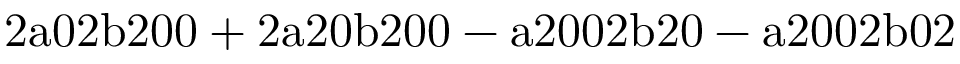
\mathrm { 2 a 0 2 b 2 0 0 + 2 a 2 0 b 2 0 0 - a 2 0 0 2 b 2 0 - a 2 0 0 2 b 0 2 }